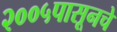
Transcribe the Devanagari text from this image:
२००५पासूनचे